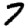
Digit: 7